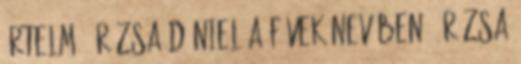
értelm 1 Rózsa Dániel A füvek nevében 1 Rózsa